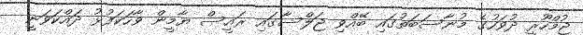
ޖުމްހޫރީ ދުވަހުގެ މުނާސަބަތުގައި ބޭއްވި ޖަލްސާގައި ރައީސް ޔާމީން ވާހަކަފުޅު ދައްކަވަނީ